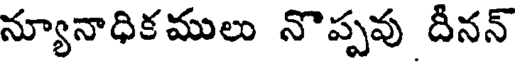
న్యూనాధికములు నొప్పవు దీనన్